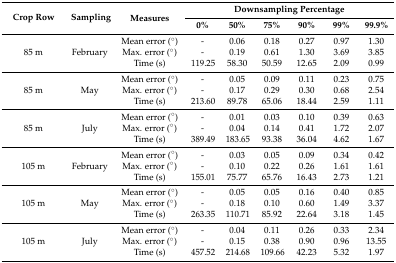
| <ROWSPAN=2> Crop Row | <ROWSPAN=2> Sampling | <ROWSPAN=2> Measures | <COLSPAN=6> Downsampling Percentage |
 | 0% | 50% | 75% | 90% | 99% | 99.9% |
 | --- | --- | --- | --- | --- | --- | --- | --- | --- |
 |  |  | Mean error (°) | - | 0.06 | 0.18 | 0.27 | 0.97 | 1.30 |
 | 85 m | February | Max. error (°) | - | 0.19 | 0.61 | 1.30 | 3.69 | 3.85 |
 |  |  | Time (s) | 119.25 | 58.30 | 50.59 | 12.65 | 2.09 | 0.99 |
 |  |  | Mean error (°) | - | 0.05 | 0.09 | 0.11 | 0.23 | 0.75 |
 | 85 m | May | Max. error (°) | - | 0.17 | 0.29 | 0.30 | 0.68 | 2.54 |
 |  |  | Time (s) | 213.60 | 89.78 | 65.06 | 18.44 | 2.59 | 1.11 |
 |  |  | Mean error (°) | - | 0.01 | 0.03 | 0.10 | 0.39 | 0.63 |
 | 85 m | July | Max. error (°) | - | 0.04 | 0.14 | 0.41 | 1.72 | 2.07 |
 |  |  | Time (s) | 389.49 | 183.65 | 93.38 | 36.04 | 4.62 | 1.67 |
 |  |  | Mean error (°) | - | 0.03 | 0.05 | 0.09 | 0.34 | 0.42 |
 | 105 m | February | Max. error (°) | - | 0.10 | 0.22 | 0.26 | 1.61 | 1.61 |
 |  |  | Time (s) | 155.01 | 75.77 | 65.76 | 16.43 | 2.73 | 1.21 |
 |  |  | Mean error (°) | - | 0.05 | 0.05 | 0.16 | 0.40 | 0.85 |
 | 105 m | May | Max. error (°) | - | 0.18 | 0.10 | 0.60 | 1.49 | 3.37 |
 |  |  | Time (s) | 263.35 | 110.71 | 85.92 | 22.64 | 3.18 | 1.45 |
 |  |  | Mean error (°) | - | 0.04 | 0.11 | 0.26 | 0.33 | 2.34 |
 | 105 m | July | Max. error (°) | - | 0.15 | 0.38 | 0.90 | 0.96 | 13.55 |
 |  |  | Time (s) | 457.52 | 214.68 | 109.66 | 42.23 | 5.32 | 1.97 |